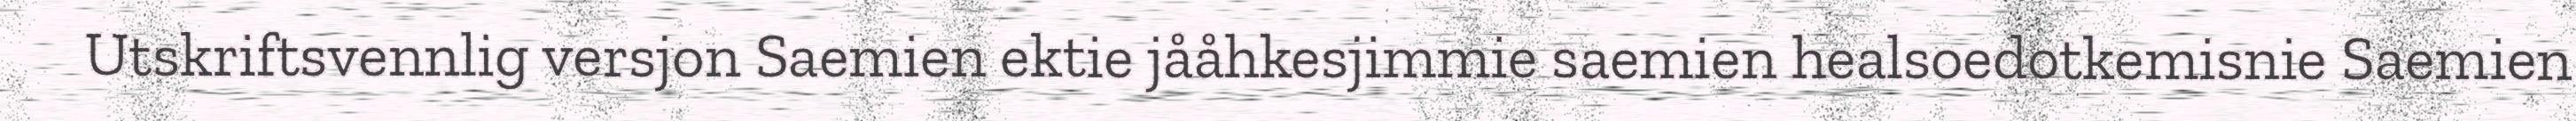
Utskriftsvennlig versjon Saemien ektie jååhkesjimmie saemien healsoedotkemisnie Saemien